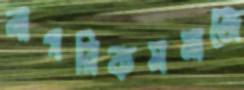
নাগরিকসমাজে